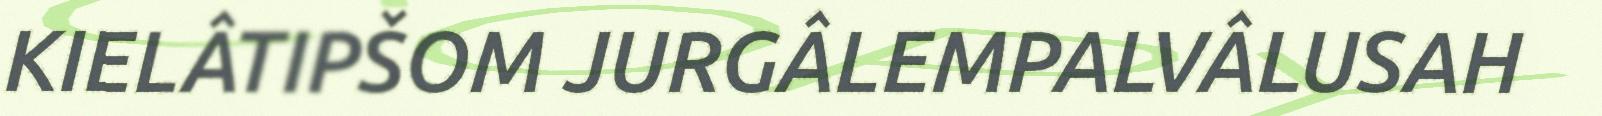
KIELÂTIPŠOM JURGÂLEMPALVÂLUSAH